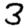
Digit: 3